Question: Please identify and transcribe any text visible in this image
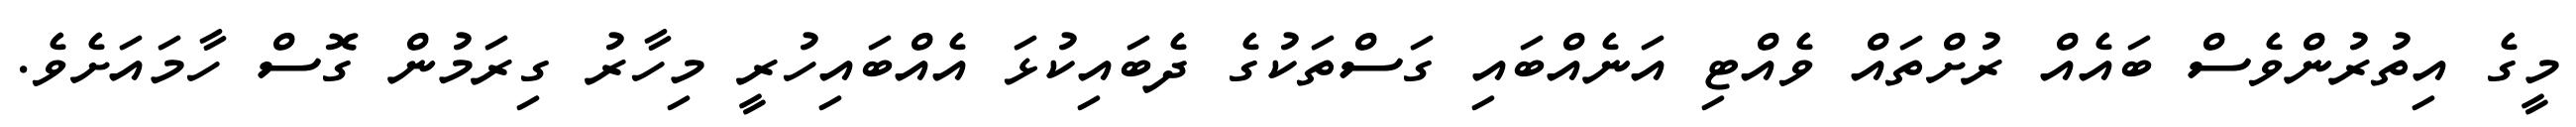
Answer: މީގެ އިތުރުންވެސް ބައެއް ރުށްތައް ވެއްޓި އަނެއްބައި ގަސްތަކުގެ ދެބައިކުޅަ އެއްބައިހުރީ މިހާރު ގިރަމުން ގޮސް ހާމައަށެވެ.